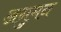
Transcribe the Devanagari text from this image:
अनुमन